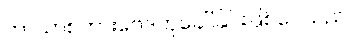
ဘာသာစကားဗေဒဟုခေါ်ခြင်းဖြစ်ပေသည်။